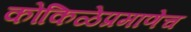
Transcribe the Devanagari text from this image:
कोकिळेप्रमाणेच